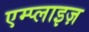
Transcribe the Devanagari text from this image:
एम्प्लाइज़